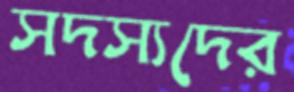
সদস্যদের